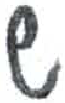
אות: צ